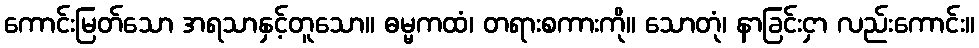
ကောင်းမြတ်သော အရသာနှင့်တူသော။ ဓမ္မကထံ၊ တရားစကားကို။ သောတုံ၊ နာခြင်းငှာ လည်းကောင်း။